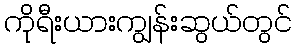
ကိုရီးယားကျွန်းဆွယ်တွင်